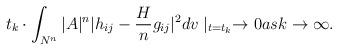
LaTeX: \begin{align*}t_k\cdot \int_{N^{n}}|A|^{n}|h_{ij}-\frac{H}{n}g_{ij}|^2dv\mid_{t=t_k}\rightarrow 0 as k\rightarrow \infty.\end{align*}